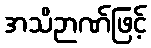
အသိဉာဏ်ဖြင့်